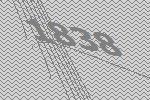
1838